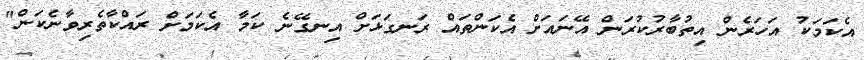
އެކަމަކު އަހަރެން އިތުބާރުކުރަން އޭނައަށް އެކަންތައް ރަނގަޅަށް އިނގޭނެ ކަމާ އެކަމަށް ރައްކާތެރިވާނެކަން"